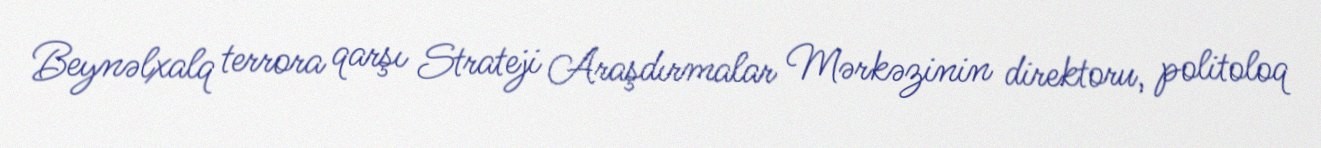
Beynəlxalq terrora qarşı Strateji Araşdırmalar Mərkəzinin direktoru, politoloq